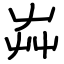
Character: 芔